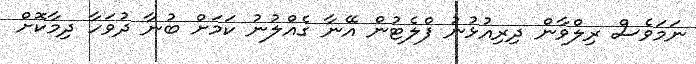
ނަމަވެސް ރިލްވާން ދިރިއުޅުނު ފްލެޓުން އޭނާ ގެއްލުނު ކަމަށް ބުނާ ދުވަހާ ދިމާކޮށް